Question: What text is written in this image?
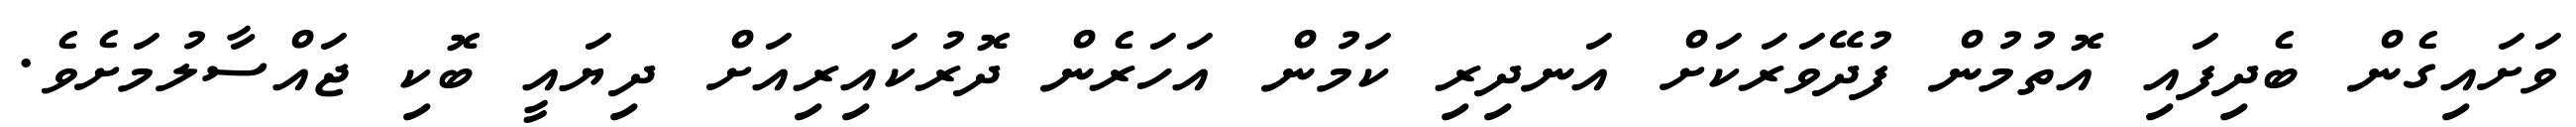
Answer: ވަށައިގެން ބެދިފައި އޮތުމުން ފުދޭވަރަކަށް އަނދިރި ކަމުން އަހަރެން ދޮރުކައިރިއަށް ދިޔައީ ބޮކި ޖައްސާލުމަށެވެ.